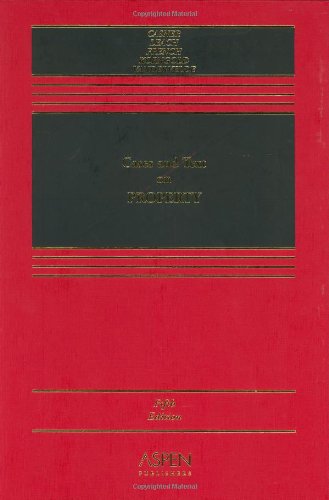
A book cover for Cases and Text on Property, Fifth Edition; The late A. James Casner; Law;